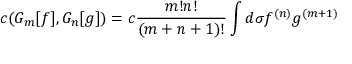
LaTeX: c ( { \cal G } _ { m } [ f ] , { \cal G } _ { n } [ g ] ) = c { \frac { m ! n ! } { ( m + n + 1 ) ! } } \int d \sigma f ^ { ( n ) } g ^ { ( m + 1 ) }